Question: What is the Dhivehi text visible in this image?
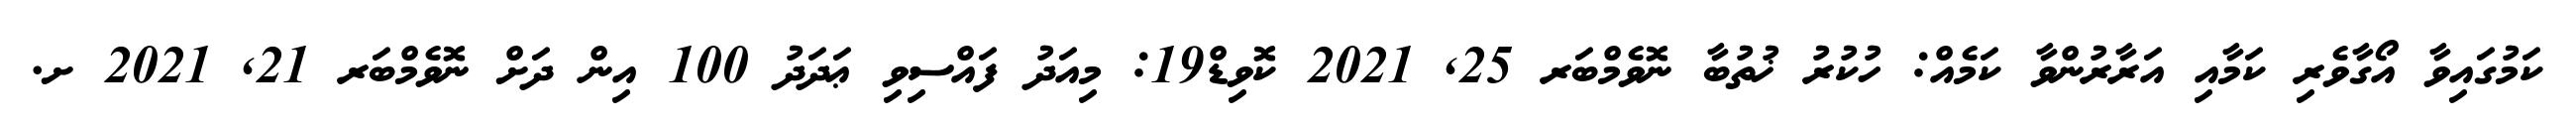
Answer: ކަމުގައިވާ އޯގާވެރި ކަމާއި އަރާރުންވާ ކަމެއް: ހުކުރު ޚުތުބާ ނޮވެމްބަރ 25, 2021 ކޮވިޑް19: މިއަދު ފައްސިވި ޢަދަދު 100 އިން ދަށް ނޮވެމްބަރ 21, 2021 ށ.